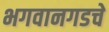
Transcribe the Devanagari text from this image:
भगवानगडचे